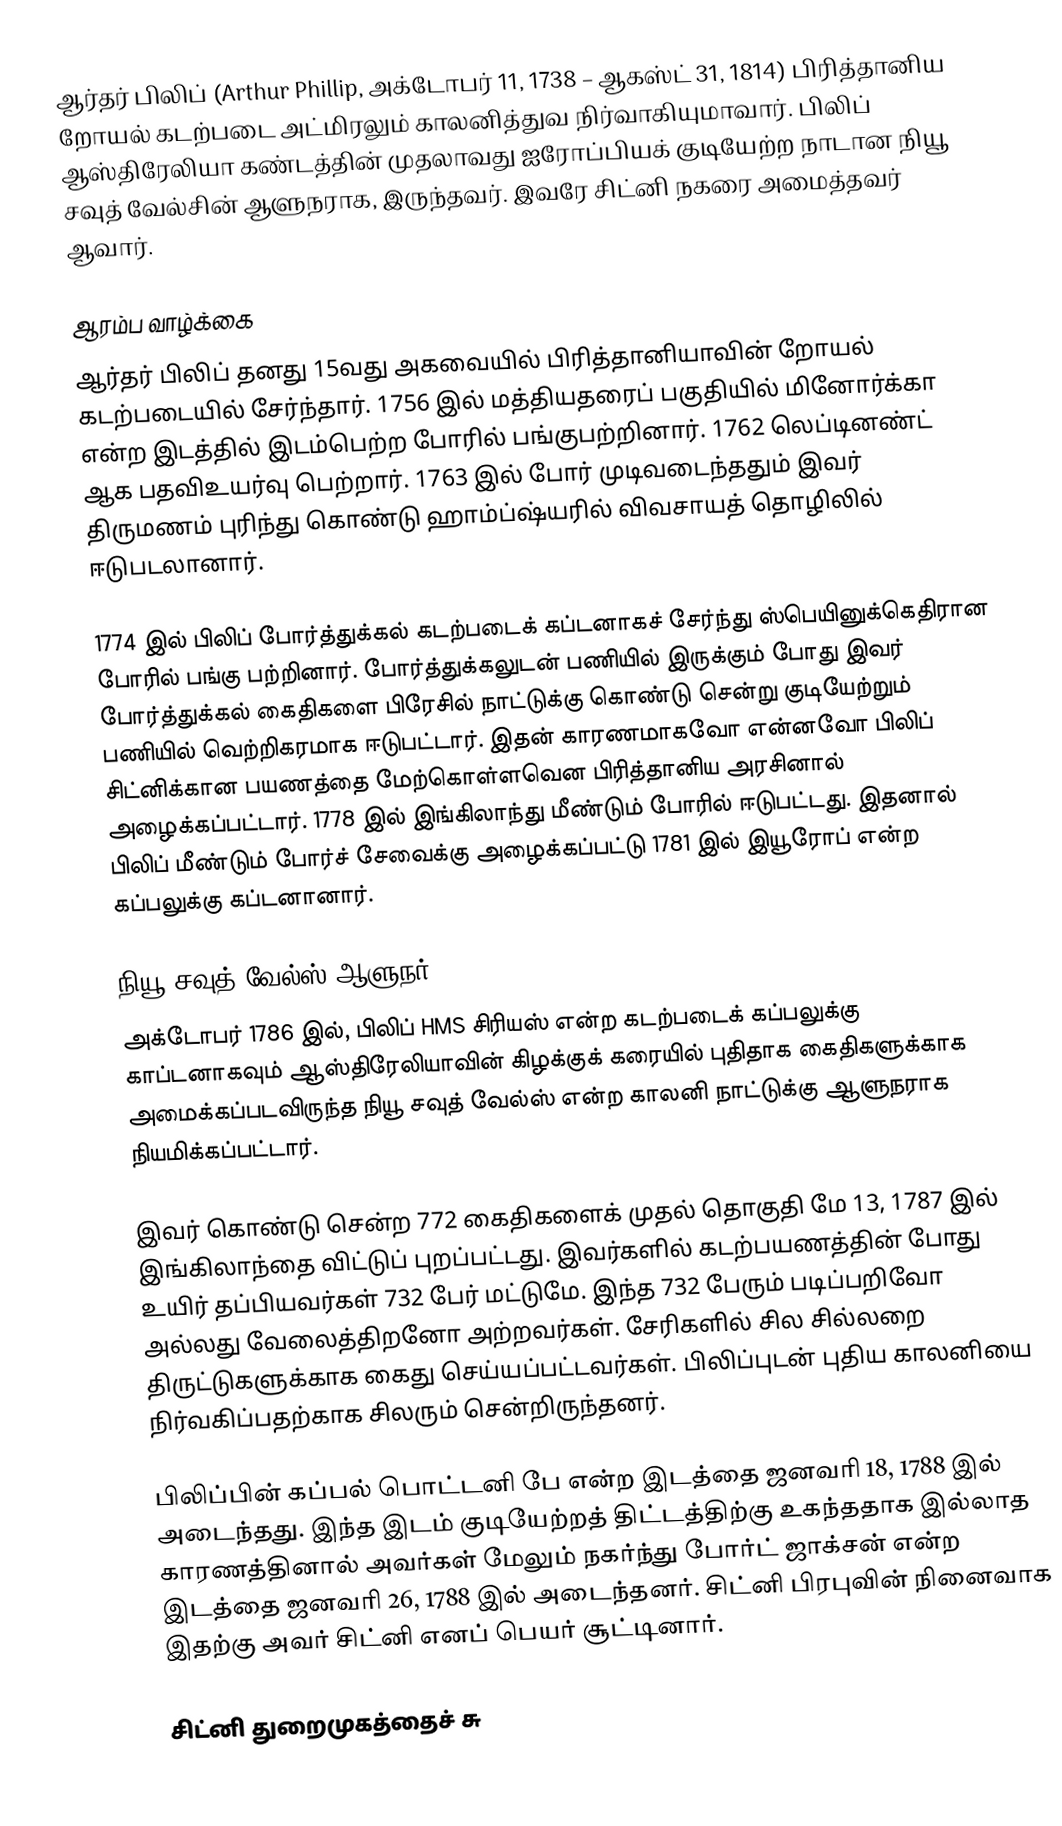
ஆர்தர் பிலிப் (Arthur Phillip, அக்டோபர் 11, 1738 – ஆகஸ்ட் 31, 1814) பிரித்தானிய றோயல் கடற்படை அட்மிரலும் காலனித்துவ நிர்வாகியுமாவார். பிலிப் ஆஸ்திரேலியா கண்டத்தின் முதலாவது ஐரோப்பியக் குடியேற்ற நாடான நியூ சவுத் வேல்சின் ஆளுநராக, இருந்தவர். இவரே சிட்னி நகரை அமைத்தவர் ஆவார்.

ஆரம்ப வாழ்க்கை
ஆர்தர் பிலிப் தனது 15வது அகவையில் பிரித்தானியாவின் றோயல் கடற்படையில் சேர்ந்தார். 1756 இல் மத்தியதரைப் பகுதியில் மினோர்க்கா என்ற இடத்தில் இடம்பெற்ற போரில் பங்குபற்றினார். 1762 லெப்டினண்ட் ஆக பதவிஉயர்வு பெற்றார். 1763 இல் போர் முடிவடைந்ததும் இவர் திருமணம் புரிந்து கொண்டு ஹாம்ப்ஷ்யரில் விவசாயத் தொழிலில் ஈடுபடலானார்.

1774 இல் பிலிப் போர்த்துக்கல் கடற்படைக் கப்டனாகச் சேர்ந்து ஸ்பெயினுக்கெதிரான போரில் பங்கு பற்றினார். போர்த்துக்கலுடன் பணியில் இருக்கும் போது இவர் போர்த்துக்கல் கைதிகளை பிரேசில் நாட்டுக்கு கொண்டு சென்று குடியேற்றும் பணியில் வெற்றிகரமாக ஈடுபட்டார். இதன் காரணமாகவோ என்னவோ பிலிப் சிட்னிக்கான பயணத்தை மேற்கொள்ளவென பிரித்தானிய அரசினால் அழைக்கப்பட்டார். 1778 இல் இங்கிலாந்து மீண்டும் போரில் ஈடுபட்டது. இதனால் பிலிப் மீண்டும் போர்ச் சேவைக்கு அழைக்கப்பட்டு 1781 இல் இயூரோப் என்ற கப்பலுக்கு கப்டனானார்.

நியூ சவுத் வேல்ஸ் ஆளுநர்
அக்டோபர் 1786 இல், பிலிப் HMS சிரியஸ் என்ற கடற்படைக் கப்பலுக்கு காப்டனாகவும் ஆஸ்திரேலியாவின் கிழக்குக் கரையில் புதிதாக கைதிகளுக்காக அமைக்கப்படவிருந்த நியூ சவுத் வேல்ஸ் என்ற காலனி நாட்டுக்கு ஆளுநராக நியமிக்கப்பட்டார்.

இவர் கொண்டு சென்ற 772 கைதிகளைக் முதல் தொகுதி மே 13, 1787 இல் இங்கிலாந்தை விட்டுப் புறப்பட்டது. இவர்களில் கடற்பயணத்தின் போது உயிர் தப்பியவர்கள் 732 பேர் மட்டுமே. இந்த 732 பேரும் படிப்பறிவோ அல்லது வேலைத்திறனோ அற்றவர்கள். சேரிகளில் சில சில்லறை திருட்டுகளுக்காக கைது செய்யப்பட்டவர்கள். பிலிப்புடன் புதிய காலனியை நிர்வகிப்பதற்காக சிலரும் சென்றிருந்தனர்.

பிலிப்பின் கப்பல் பொட்டனி பே என்ற இடத்தை ஜனவரி 18, 1788 இல் அடைந்தது. இந்த இடம் குடியேற்றத் திட்டத்திற்கு உகந்ததாக இல்லாத காரணத்தினால் அவர்கள் மேலும் நகர்ந்து போர்ட் ஜாக்சன் என்ற இடத்தை ஜனவரி 26, 1788 இல் அடைந்தனர். சிட்னி பிரபுவின் நினைவாக இதற்கு அவர் சிட்னி எனப் பெயர் சூட்டினார்.

சிட்னி துறைமுகத்தைச் சு